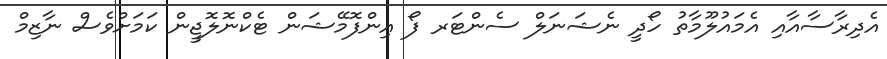
އެދިރާސާއާއި އެމައުލޫމާތު ހޯދީ ނެޝަނަލް ސެންޓަރ ފޯ އިންފޮމޭޝަން ޓެކްނޮލޮޖީން ކަމަށްވެސް ނާޒިމް